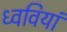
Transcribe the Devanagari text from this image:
ध्ववियां